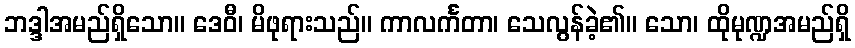
ဘဒ္ဒါအမည်ရှိသော။ ဒေဝီ၊ မိဖုရားသည်။ ကာလင်္ကတာ၊ သေလွန်ခဲ့၏။ သော၊ ထိုမုဏ္ဍအမည်ရှိ